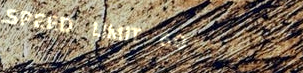
SPEED LIMIT 60